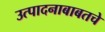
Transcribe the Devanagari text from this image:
उत्पादनाबाबतचे